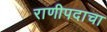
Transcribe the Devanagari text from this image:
राणीपदाचा